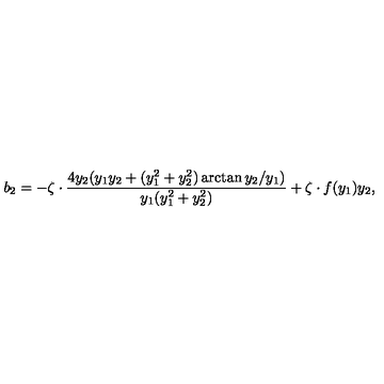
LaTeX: b _ { 2 } = - \zeta \cdot \frac { 4 y _ { 2 } ( y _ { 1 } y _ { 2 } + ( y _ { 1 } ^ { 2 } + y _ { 2 } ^ { 2 } ) \arctan { y _ { 2 } / y _ { 1 } } ) } { y _ { 1 } ( y _ { 1 } ^ { 2 } + y _ { 2 } ^ { 2 } ) } + \zeta \cdot f ( y _ { 1 } ) y _ { 2 } ,